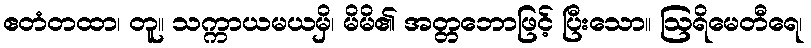
ဧတံတထာ၊ တူ။ သက္ကာယမယမှိ၊ မိမိ၏ အတ္တဘောဖြင့် ပြီးသော။ ဩရိမေတီရေ၊